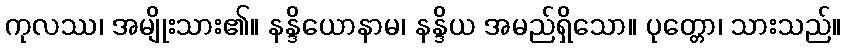
ကုလဿ၊ အမျိုးသား၏။ နန္ဒိယောနာမ၊ နန္ဒိယ အမည်ရှိသော။ ပုတ္တော၊ သားသည်။